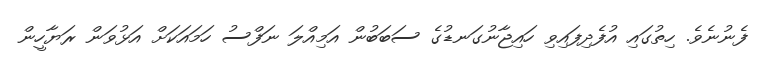
ފެނުނެވެ. ހިތުގައި އުފެދިފައިވި ހައިޖާނުގަނޑުގެ ސަބަބުން އަމިއްލަ ނަފްސު ހަމައަކަށް އަޅުވަން ރަޔާހީން